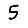
Digit: 5